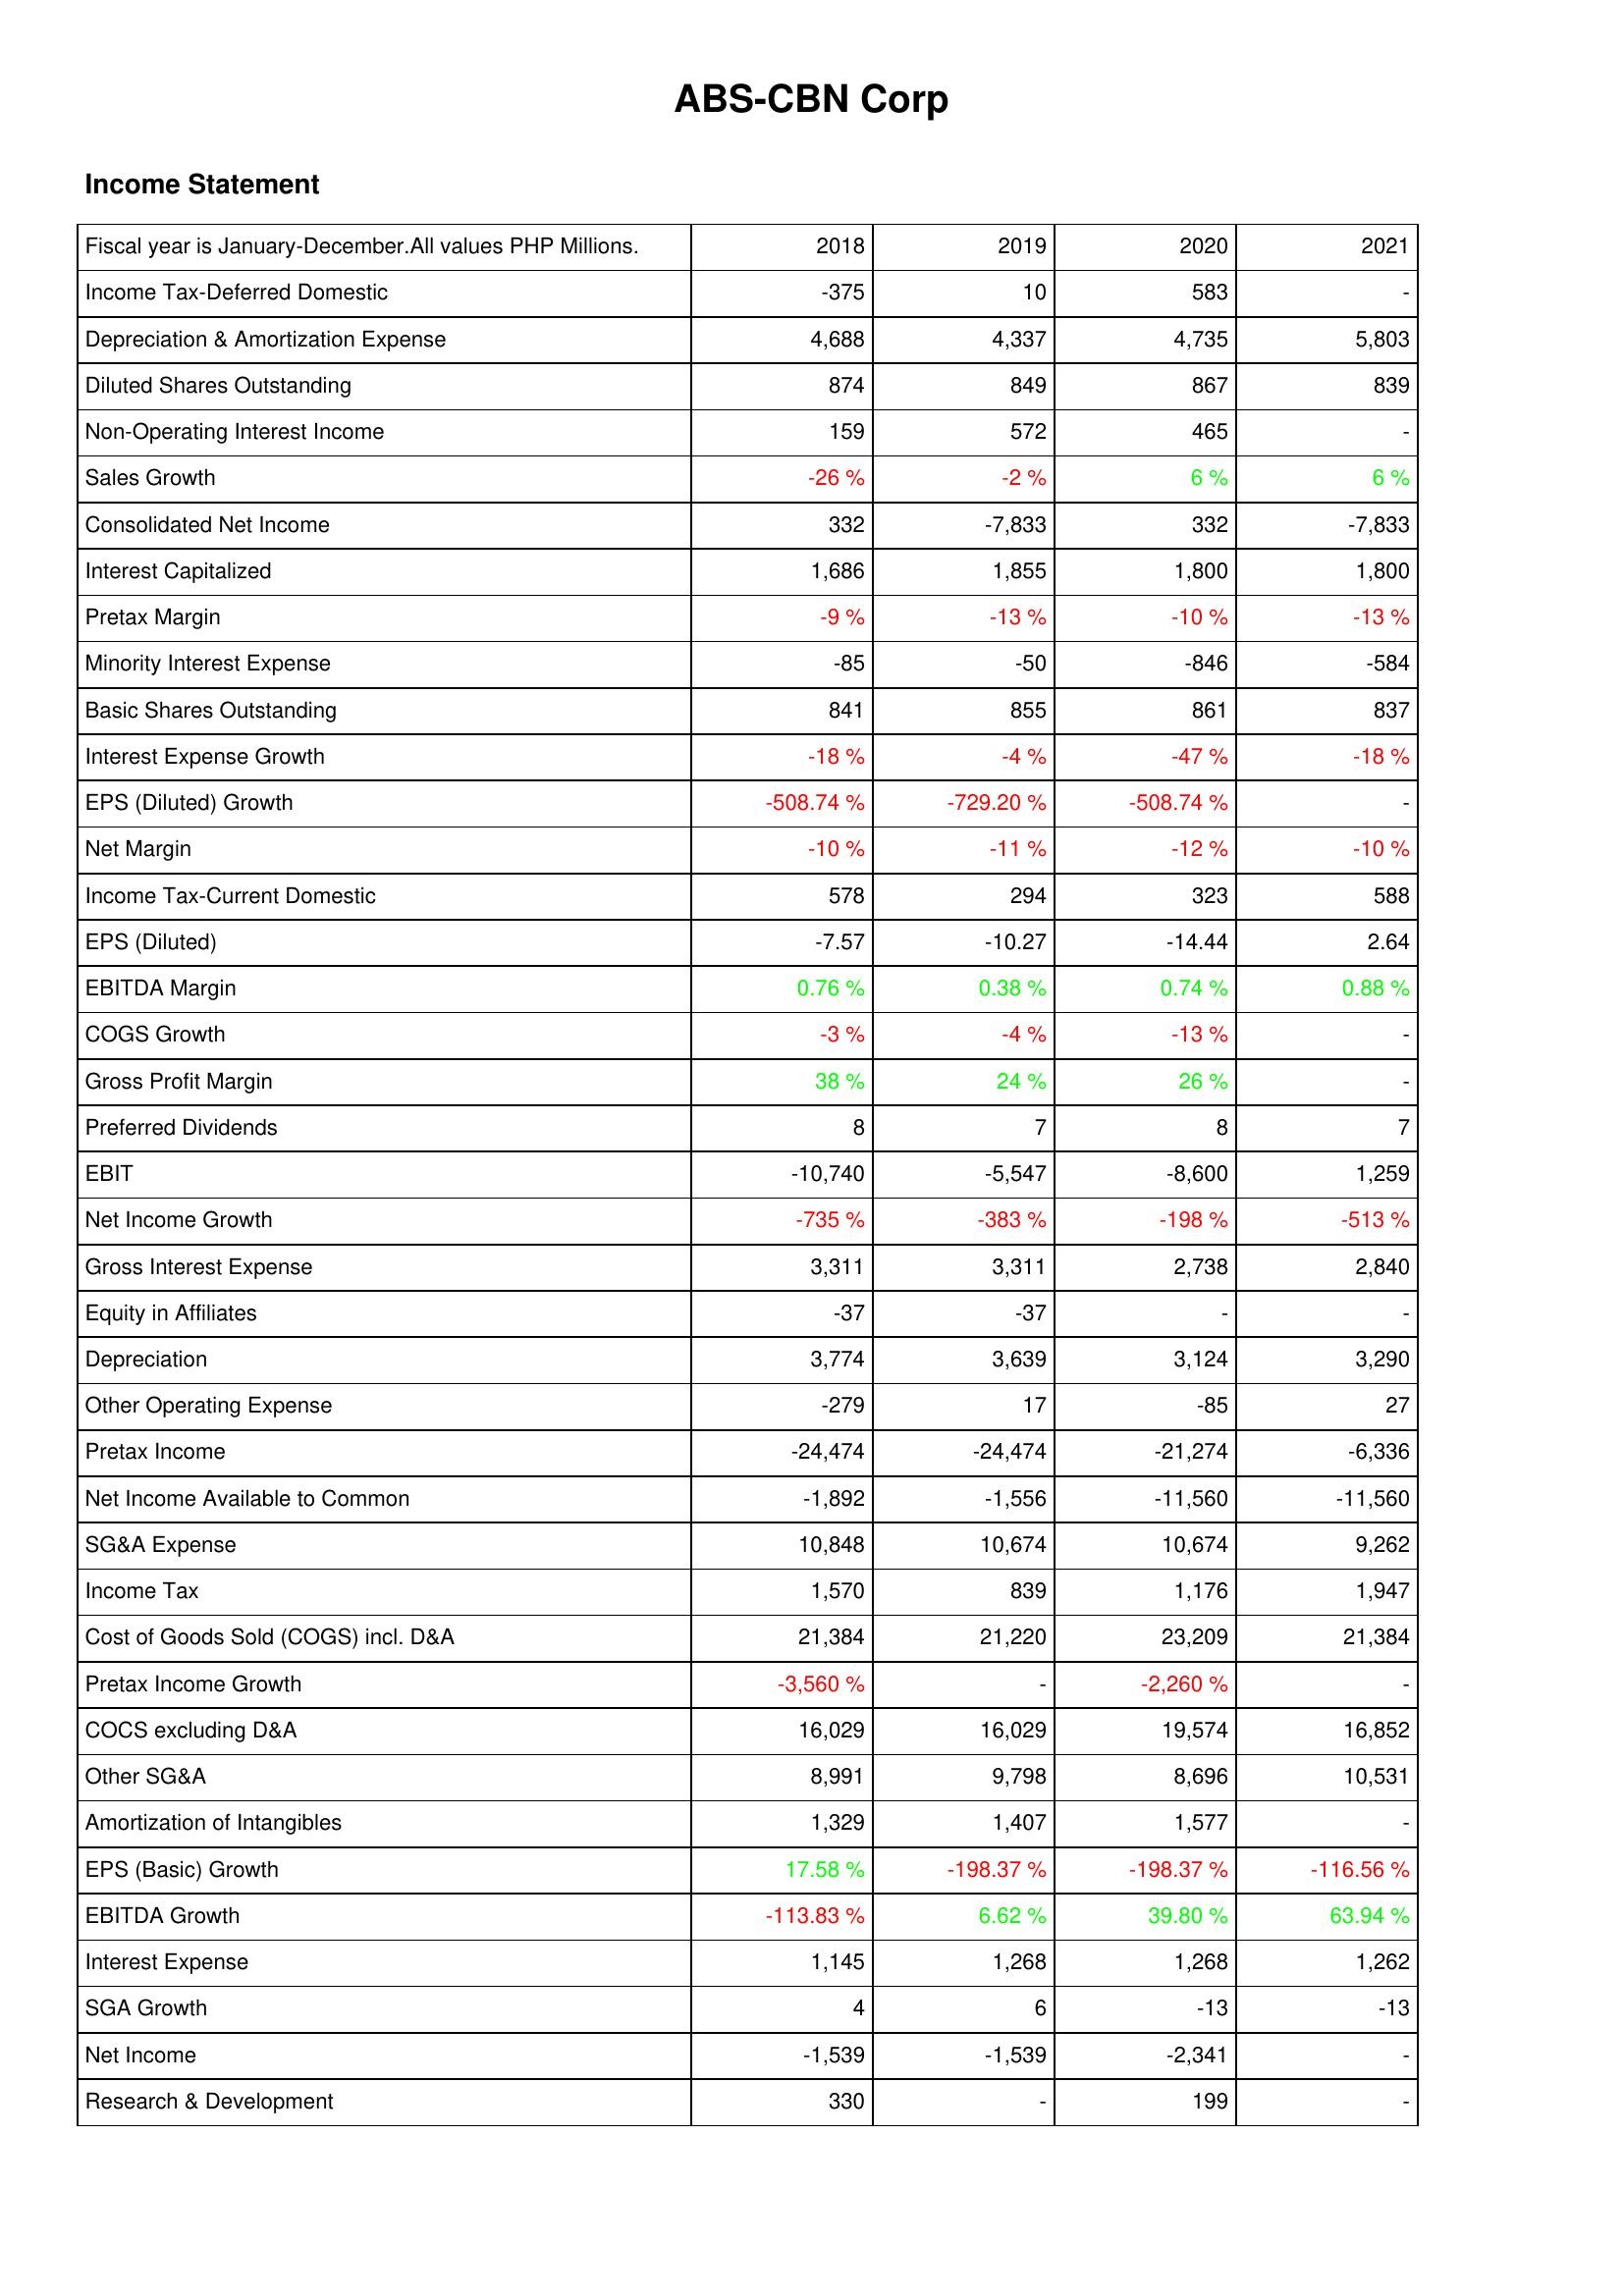
2018: Income Statement: Income Tax-Deferred Domestic: -375
Depreciation & Amortization Expense: 4,688
Diluted Shares Outstanding: 874
Non-Operating Interest Income: 159
Sales Growth: -26 %
Consolidated Net Income: 332
Interest Capitalized: 1,686
Pretax Margin: -9 %
Minority Interest Expense: -85
Basic Shares Outstanding: 841
Interest Expense Growth: -18 %
EPS (Diluted) Growth: -508.74 %
Net Margin: -10 %
Income Tax-Current Domestic: 578
EPS (Diluted): -7.57
EBITDA Margin: 0.76 %
COGS Growth: -3 %
Gross Profit Margin: 38 %
Preferred Dividends: 8
EBIT: -10,740
Net Income Growth: -735 %
Gross Interest Expense: 3,311
Equity in Affiliates: -37
Depreciation: 3,774
Other Operating Expense: -279
Pretax Income: -24,474
Net Income Available to Common: -1,892
SG&A Expense: 10,848
Income Tax: 1,570
Cost of Goods Sold (COGS) incl. D&A: 21,384
Pretax Income Growth: -3,560 %
COCS excluding D&A: 16,029
Other SG&A: 8,991
Amortization of Intangibles: 1,329
EPS (Basic) Growth: 17.58 %
EBITDA Growth: -113.83 %
Interest Expense: 1,145
SGA Growth: 4
Net Income: -1,539
Research & Development: 330
2019: Income Statement: Income Tax-Deferred Domestic: 10
Depreciation & Amortization Expense: 4,337
Diluted Shares Outstanding: 849
Non-Operating Interest Income: 572
Sales Growth: -2 %
Consolidated Net Income: -7,833
Interest Capitalized: 1,855
Pretax Margin: -13 %
Minority Interest Expense: -50
Basic Shares Outstanding: 855
Interest Expense Growth: -4 %
EPS (Diluted) Growth: -729.20 %
Net Margin: -11 %
Income Tax-Current Domestic: 294
EPS (Diluted): -10.27
EBITDA Margin: 0.38 %
COGS Growth: -4 %
Gross Profit Margin: 24 %
Preferred Dividends: 7
EBIT: -5,547
Net Income Growth: -383 %
Gross Interest Expense: 3,311
Equity in Affiliates: -37
Depreciation: 3,639
Other Operating Expense: 17
Pretax Income: -24,474
Net Income Available to Common: -1,556
SG&A Expense: 10,674
Income Tax: 839
Cost of Goods Sold (COGS) incl. D&A: 21,220
Pretax Income Growth: -
COCS excluding D&A: 16,029
Other SG&A: 9,798
Amortization of Intangibles: 1,407
EPS (Basic) Growth: -198.37 %
EBITDA Growth: 6.62 %
Interest Expense: 1,268
SGA Growth: 6
Net Income: -1,539
Research & Development: -
2020: Income Statement: Income Tax-Deferred Domestic: 583
Depreciation & Amortization Expense: 4,735
Diluted Shares Outstanding: 867
Non-Operating Interest Income: 465
Sales Growth: 6 %
Consolidated Net Income: 332
Interest Capitalized: 1,800
Pretax Margin: -10 %
Minority Interest Expense: -846
Basic Shares Outstanding: 861
Interest Expense Growth: -47 %
EPS (Diluted) Growth: -508.74 %
Net Margin: -12 %
Income Tax-Current Domestic: 323
EPS (Diluted): -14.44
EBITDA Margin: 0.74 %
COGS Growth: -13 %
Gross Profit Margin: 26 %
Preferred Dividends: 8
EBIT: -8,600
Net Income Growth: -198 %
Gross Interest Expense: 2,738
Equity in Affiliates: -
Depreciation: 3,124
Other Operating Expense: -85
Pretax Income: -21,274
Net Income Available to Common: -11,560
SG&A Expense: 10,674
Income Tax: 1,176
Cost of Goods Sold (COGS) incl. D&A: 23,209
Pretax Income Growth: -2,260 %
COCS excluding D&A: 19,574
Other SG&A: 8,696
Amortization of Intangibles: 1,577
EPS (Basic) Growth: -198.37 %
EBITDA Growth: 39.80 %
Interest Expense: 1,268
SGA Growth: -13
Net Income: -2,341
Research & Development: 199
2021: Income Statement: Income Tax-Deferred Domestic: -
Depreciation & Amortization Expense: 5,803
Diluted Shares Outstanding: 839
Non-Operating Interest Income: -
Sales Growth: 6 %
Consolidated Net Income: -7,833
Interest Capitalized: 1,800
Pretax Margin: -13 %
Minority Interest Expense: -584
Basic Shares Outstanding: 837
Interest Expense Growth: -18 %
EPS (Diluted) Growth: -
Net Margin: -10 %
Income Tax-Current Domestic: 588
EPS (Diluted): 2.64
EBITDA Margin: 0.88 %
COGS Growth: -
Gross Profit Margin: -
Preferred Dividends: 7
EBIT: 1,259
Net Income Growth: -513 %
Gross Interest Expense: 2,840
Equity in Affiliates: -
Depreciation: 3,290
Other Operating Expense: 27
Pretax Income: -6,336
Net Income Available to Common: -11,560
SG&A Expense: 9,262
Income Tax: 1,947
Cost of Goods Sold (COGS) incl. D&A: 21,384
Pretax Income Growth: -
COCS excluding D&A: 16,852
Other SG&A: 10,531
Amortization of Intangibles: -
EPS (Basic) Growth: -116.56 %
EBITDA Growth: 63.94 %
Interest Expense: 1,262
SGA Growth: -13
Net Income: -
Research & Development: -